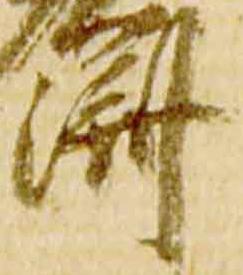
済